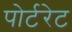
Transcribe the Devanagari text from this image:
पोर्टरेट